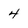
Character: 4